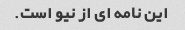
این نامه ای از نیو است.